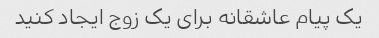
یک پیام عاشقانه برای یک زوج ایجاد کنید